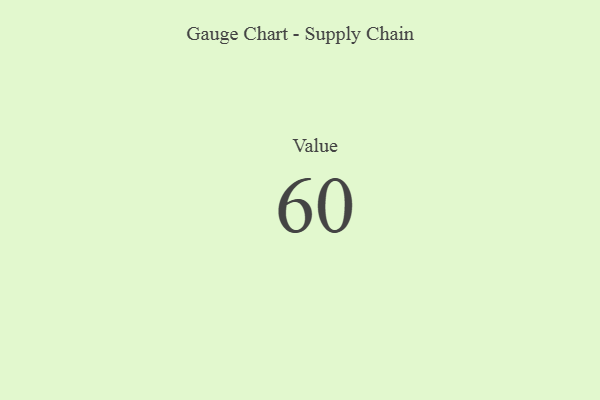
{"axis": {"x": "Metric", "y": "Value"}, "legend": [""], "data": [{"x": "Value", "y": 60, "type": ""}]}